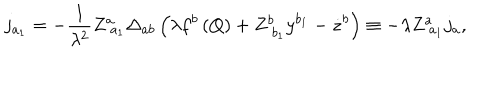
j _ { a _ { 1 } } = - \frac 1 { \lambda ^ { 2 } } Z _ { \; a _ { 1 } } ^ { a } \Delta _ { a b } \left( \lambda f ^ { b } \left( Q \right) + Z _ { \; b _ { 1 } } ^ { b } y ^ { b _ { 1 } } - \dot { z } ^ { b } \right) \equiv - \lambda Z _ { \; a _ { 1 } } ^ { a } j _ { a } ,